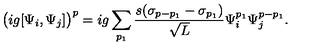
\big ( i g [ \Psi _ { i } , \Psi _ { j } ] \big ) ^ { p } = i g \sum _ { p _ { 1 } } \frac { s ( \sigma _ { p - p _ { 1 } } - \sigma _ { p _ { 1 } } ) } { \sqrt { L } } \Psi _ { i } ^ { p _ { 1 } } \Psi _ { j } ^ { p - p _ { 1 } } .